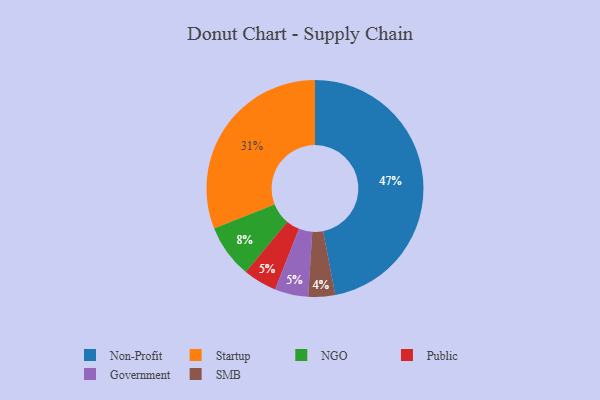
{"axis": {"x": "Category", "y": "Percentage"}, "legend": ["Government", "NGO", "Non-Profit", "Public", "SMB", "Startup"], "data": [{"x": "Non-Profit", "y": 47, "type": "Non-Profit"}, {"x": "Public", "y": 5, "type": "Public"}, {"x": "Startup", "y": 31, "type": "Startup"}, {"x": "NGO", "y": 8, "type": "NGO"}, {"x": "SMB", "y": 4, "type": "SMB"}, {"x": "Government", "y": 5, "type": "Government"}]}